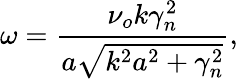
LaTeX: \omega=\frac{\nu_{o}k\gamma_{n}^{2}}{a\sqrt{k^{2}a^{2}+\gamma_{n}^{2}}},